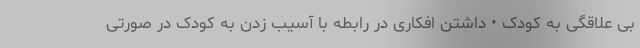
بی علاقگی به کودک • داشتن افکاری در رابطه با آسیب زدن به کودک در صورتی